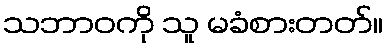
သဘာဝကို သူ မခံစားတတ်။